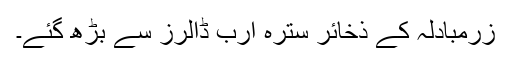
زرمبادلہ کے ذخائر سترہ ارب ڈالرز سے بڑھ گئے۔